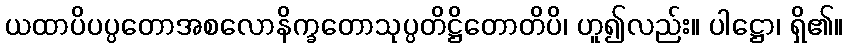
ယထာပိပပ္ပတောအစလောနိက္ခတောသုပ္ပတိဋ္ဌိတောတိပိ၊ ဟူ၍လည်း။ ပါဋ္ဌော၊ ရှိ၏။